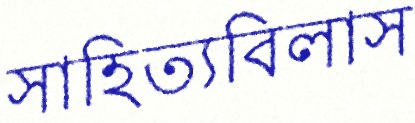
সাহিত্যবিলাস